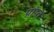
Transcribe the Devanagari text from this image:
प्रांप्त